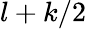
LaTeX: l+k/2